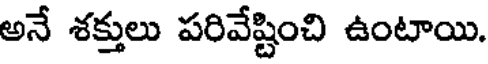
అనే శక్తులు పరివేష్టించి ఉంటాయి.